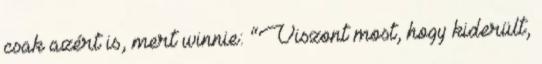
csak azért is, mert winnie: “Viszont most, hogy kiderült,